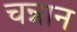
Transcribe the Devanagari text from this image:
चन्नान